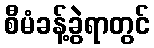
စီမံခန့်ခွဲရာတွင်